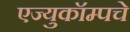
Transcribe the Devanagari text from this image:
एज्युकॉम्पचे